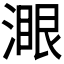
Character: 𣼹